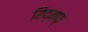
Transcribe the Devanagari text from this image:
रिद्मफ़